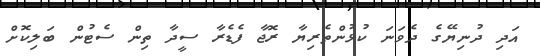
އަދި ދުނިޔޭގެ ދެވަނަ ކުޅުންތެރިޔާ ރޮޖާ ފެޑެރާ ސީދާ ތިން ސެޓުން ބަލިކޮށް